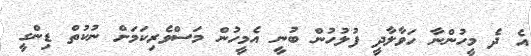
އެ ދެ މީހުންނާ ހަވާލާދީ ފުލުހުން ބުނީ އެމީހުން މަސްވެރިކަމަށް ނުކުތް ޑިންގީ